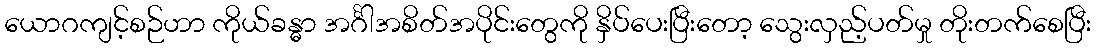
ယောဂကျင့်စဉ်ဟာ ကိုယ်ခန္ဓာ အင်္ဂါအစိတ်အပိုင်းတွေကို နှိပ်ပေးပြီးတော့ သွေးလှည့်ပတ်မှု တိုးတက်စေပြီး